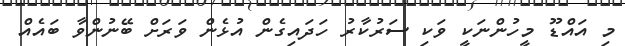
މި އައްޑޫ މީހުންނަކީ ވަކި ސަރުކާރު ހަދައިގެން އުޅެން ވަރަށް ބޭނުންވާ ބައެއް